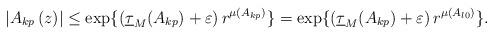
LaTeX: \begin{align*}\left\vert A_{kp}\left( z\right) \right\vert \leq \exp \{\left( \underline{\tau }_{M}(A_{kp})+\varepsilon \right) r^{\mu (A_{kp})}\}=\exp \{\left(\underline{\tau }_{M}(A_{kp})+\varepsilon \right) r^{\mu (A_{l0})}\}.\end{align*}